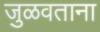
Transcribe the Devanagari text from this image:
जुळवताना